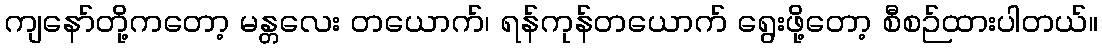
ကျနော်တို့ကတော့ မန္တလေး တယောက်၊ ရန်ကုန်တယောက် ရွေးဖို့တော့ စီစဉ်ထားပါတယ်။